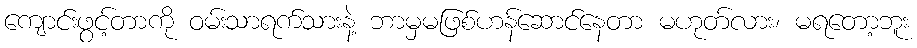
ကျောင်းဖွင့်တာကို ဝမ်းသာရက်သားနဲ့ ဘာမှမဖြစ်ဟန်ဆောင်နေတာ မဟုတ်လား၊ မရတော့ဘူး